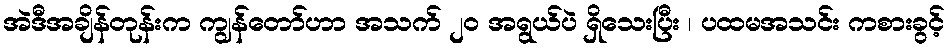
အဲဒီအချိန်တုန်းက ကျွန်တော်ဟာ အသက် ၂၀ အရွယ်ပဲ ရှိသေးပြီး ၊ ပထမအသင်း ကစားခွင့်